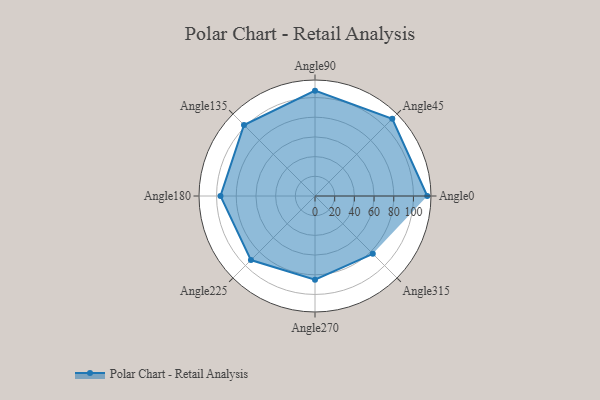
{"axis": {"x": "Angle", "y": "Radius"}, "legend": [""], "data": [{"x": "Angle0", "y": 114.0, "type": ""}, {"x": "Angle45", "y": 111.0, "type": ""}, {"x": "Angle90", "y": 107.0, "type": ""}, {"x": "Angle135", "y": 102.0, "type": ""}, {"x": "Angle180", "y": 96.0, "type": ""}, {"x": "Angle225", "y": 92.0, "type": ""}, {"x": "Angle270", "y": 85.0, "type": ""}, {"x": "Angle315", "y": 83.0, "type": ""}]}